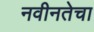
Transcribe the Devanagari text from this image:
नवीनतेचा